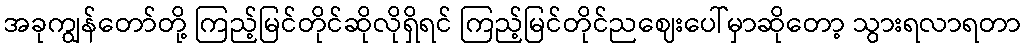
အခုကျွန်တော်တို့ ကြည့်မြင်တိုင်ဆိုလိုရှိရင် ကြည့်မြင်တိုင်ညဈေးပေါ်မှာဆိုတော့ သွားရလာရတာ